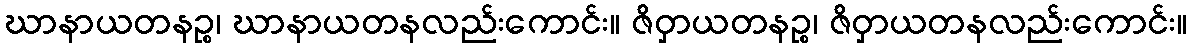
ဃာနာယတနဉ္စ၊ ဃာနာယတနလည်းကောင်း။ ဇိဝှာယတနဉ္စ၊ ဇိဝှာယတနလည်းကောင်း။